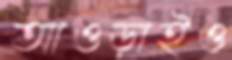
আওড়াইও